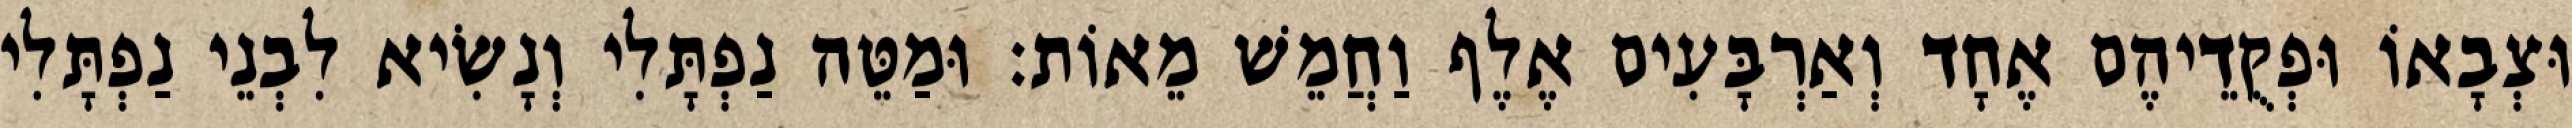
וּצְבָאוֹ וּפְקֻדֵיהֶם אֶחָד וְאַרְבָּעִים אֶלֶף וַחֲמֵשׁ מֵאוֹת׃ וּמַטֵּה נַפְתָּלִי וְנָשִׂיא לִבְנֵי נַפְתָּלִי